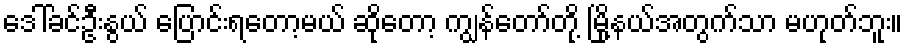
ဒေါ်ခင်ဦးနွယ် ပြောင်းရတော့မယ် ဆိုတော့ ကျွန်တော်တို့ မြို့နယ်အတွက်သာ မဟုတ်ဘူး။